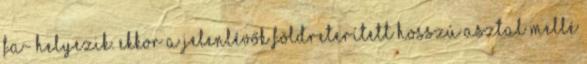
fa- helyezik. Ekkor a jelenlévők földreterített hosszú asztal mellé